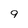
Character: 9